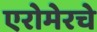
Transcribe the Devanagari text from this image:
एरोमेरचे